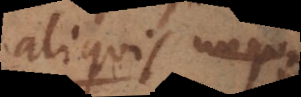
aliquis hunc